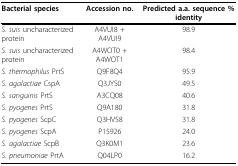
<table><thead><tr><td><b>Bacterial species</b></td><td><b>Accession no.</b></td><td><b>Predicted a.a. sequence % identity</b></td></tr></thead><tbody><tr><td><i>S. suis </i>uncharacterized protein</td><td>A4VUI8 + A4VUI9</td><td>98.9</td></tr><tr><td><i>S. suis </i>uncharacterized protein</td><td>A4WOT0 + A4WOT1</td><td>98.4</td></tr><tr><td><i>S. thermophilus </i>PrtS</td><td>Q9F8Q4</td><td>95.9</td></tr><tr><td><i>S. agalactiae </i>CspA</td><td>Q3JYS0</td><td>49.5</td></tr><tr><td><i>S. sanguinis </i>PrtS</td><td>A3CQ08</td><td>40.6</td></tr><tr><td><i>S. pyogenes </i>PrtS</td><td>Q9A180</td><td>31.8</td></tr><tr><td><i>S. pyogenes </i>ScpC</td><td>Q3HV58</td><td>31.8</td></tr><tr><td><i>S. pyogenes </i>ScpA</td><td>P15926</td><td>24.0</td></tr><tr><td><i>S. agalactiae </i>ScpB</td><td>Q3K0M1</td><td>23.6</td></tr><tr><td><i>S. pneumoniae </i>PrtA</td><td>Q04LP0</td><td>16.2</td></tr></tbody></table>